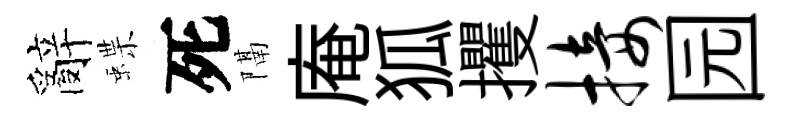
辭蝶死隔庵狐攫接园